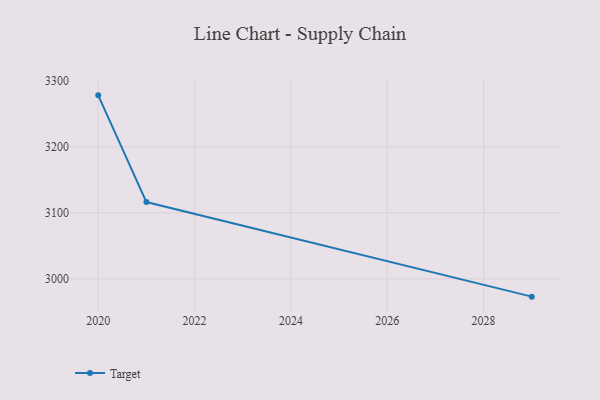
{"axis": {"x": "Year", "y": "Satisfaction Score"}, "legend": ["Target"], "data": [{"x": "2020", "y": 3277.8, "type": "Target"}, {"x": "2021", "y": 3116.3, "type": "Target"}, {"x": "2029", "y": 2973.1, "type": "Target"}]}